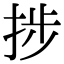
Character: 捗